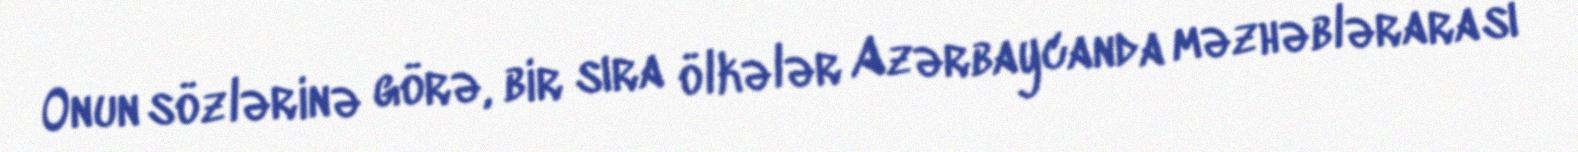
Onun sözlərinə görə, bir sıra ölkələr Azərbaycanda məzhəblərarası